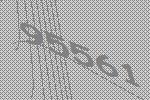
95561